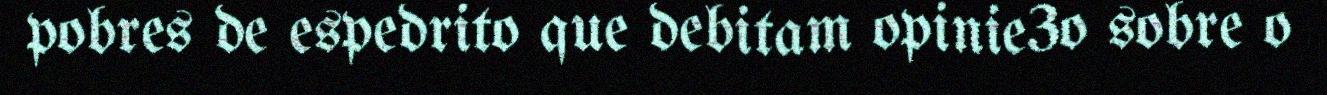
pobres de espedrito que debitam opinie3o sobre o